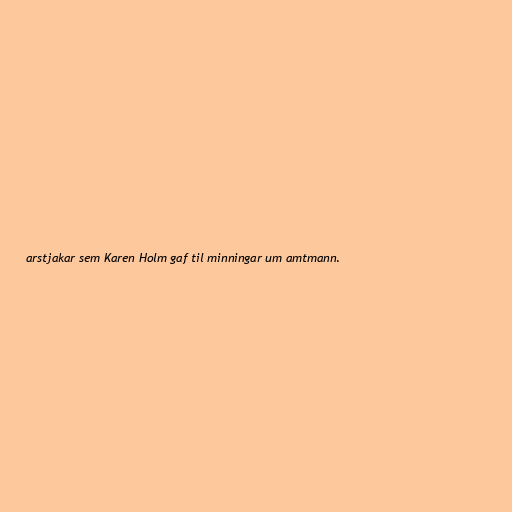
arstjakar sem Karen Holm gaf til minningar um amtmann.